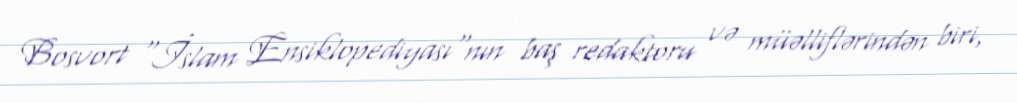
Bosvort "İslam Ensiklopediyası"nın baş redaktoru və müəlliflərindən biri,